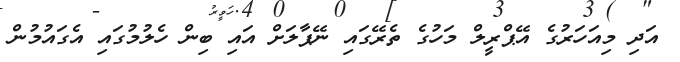
އަދި މިއަހަރުގެ އޭޕްރީލް މަހުގެ ތެރޭގައި ނޭޕާލަށް އައި ބިން ހެލުމުގައި އެގައުމުން